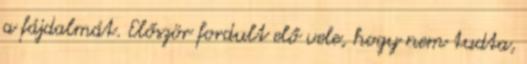
a fájdalmát. Először fordult elő vele, hogy nem tudta,